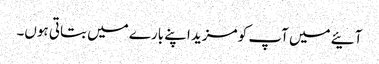
آئیے میں آپ کو مزید اپنے بارے میں بتاتی ہوں۔